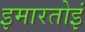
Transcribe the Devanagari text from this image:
इमारतोइं